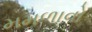
મમળાવો